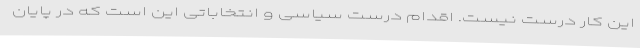
این کار درست نیست. اقدام درست سیاسی و انتخاباتی این است که در پایان